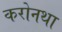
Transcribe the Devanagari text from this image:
करोनथा